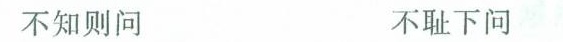
不知则问 不耻下问